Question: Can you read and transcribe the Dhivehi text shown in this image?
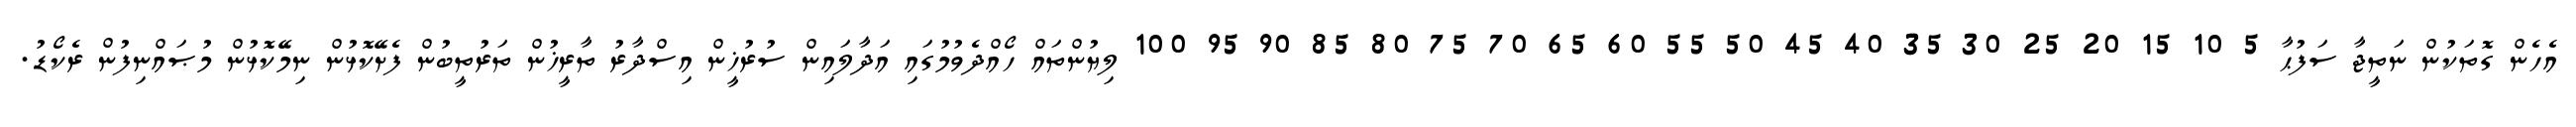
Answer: އެހެން ގޮތަކުން ނަތީޖާ ސަފުޙާ 5 10 15 20 25 30 35 40 45 50 55 60 65 70 75 80 85 90 95 100 ލިޔުންތައް ހޯއްދެވުމުގައި އަދާލައިން ސުރުޚީން އިސްދާރު ތާރީޚުން ތަރުތީބުން ފެށޭކޮޅުން ނިމޭކޮޅުން މުޞައްނިފުން ރެކޯޑު.